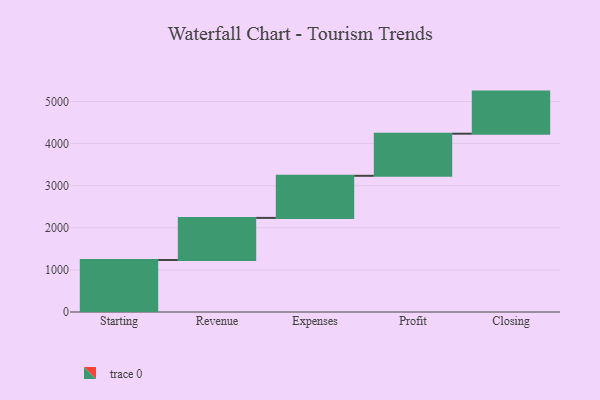
{"axis": {"x": "Step", "y": "Value"}, "legend": [""], "data": [{"x": "Starting", "y": 1235.0, "type": ""}, {"x": "Revenue", "y": 1000, "type": ""}, {"x": "Expenses", "y": 1000, "type": ""}, {"x": "Profit", "y": 1000, "type": ""}, {"x": "Closing", "y": 1000, "type": ""}]}